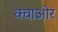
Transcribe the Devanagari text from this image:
क्वाओर